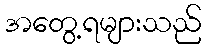
အတွေ့ရများသည်